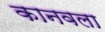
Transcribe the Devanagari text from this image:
कानवला